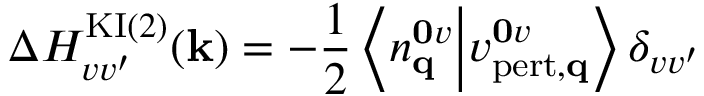
\Delta H _ { v v ^ { \prime } } ^ { \mathrm { K I } ( 2 ) } ( \mathbf { k } ) = - \frac { 1 } { 2 } \left\langle n _ { \mathbf { q } } ^ { \mathbf { 0 } v } \middle | v _ { \mathrm { p e r t , \mathbf { q } } } ^ { \mathbf { 0 } v } \right\rangle \delta _ { v v ^ { \prime } }